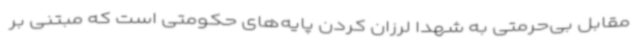
مقابل بی‌حرمتی به شهدا لرزان کردن پایه‌های حکومتی است که مبتنی بر